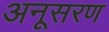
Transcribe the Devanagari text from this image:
अनूसरण